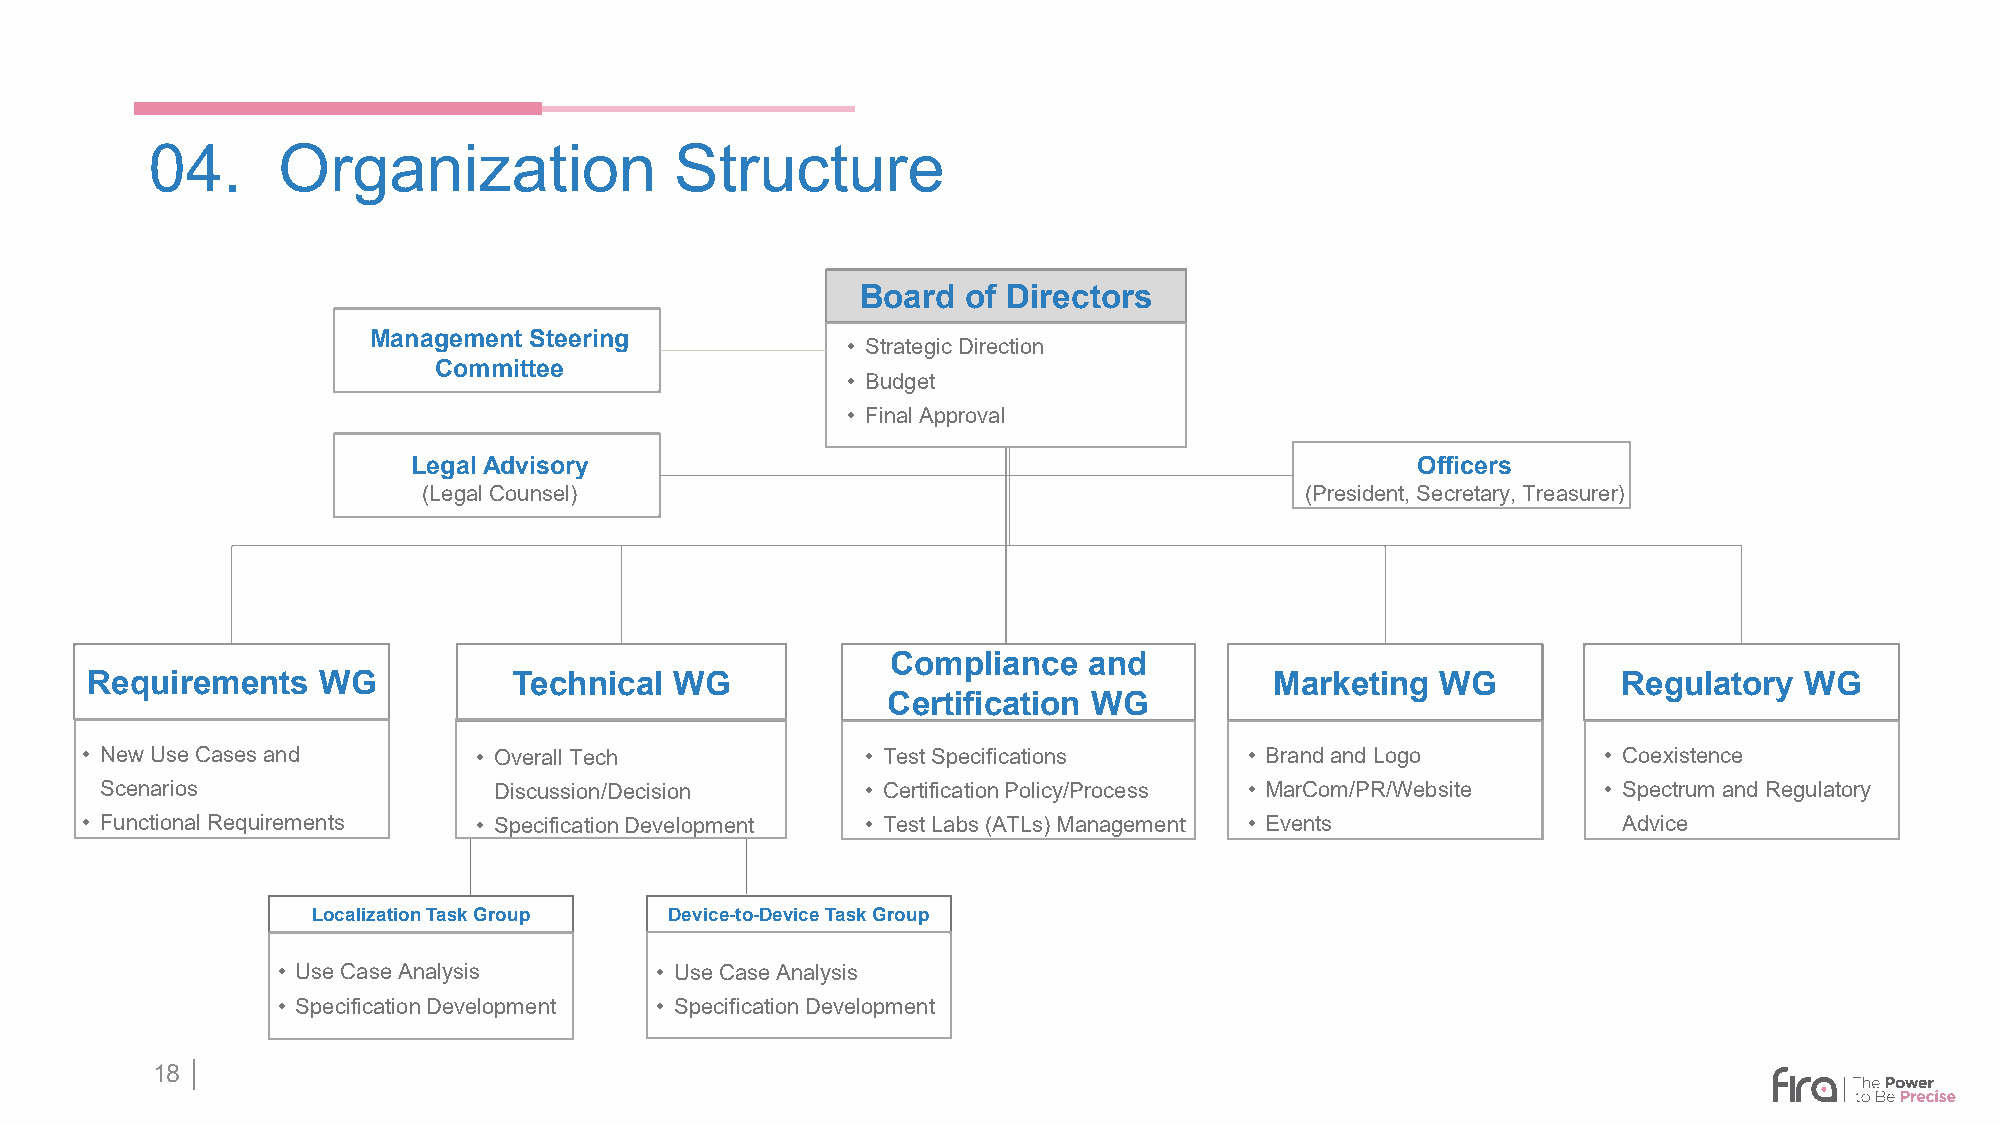
04.     Organization               Structure
 Board  of Directors
 Management Steering
 • Strategic Direction
 Committee
 • Budget
 • Final Approval
 Legal Advisory                                                     Officers
 (Legal Counsel)                                           (President, Secretary, Treasurer)
 Compliance   and
 Requirements   WG           Technical  WG                                     Marketing  WG          Regulatory  WG
 Certification WG
 • New UseCases and         • Overall Tech           • Test Specifications     • Brand and Logo       • Coexistence
 Scenarios                 Discussion/Decision     • Certification Policy/Process • MarCom/PR/Website • Spectrum and Regulatory
 • Functional Requirements  • Specification Development • Test Labs (ATLs) Management • Events         Advice
 LocalizationTask Group Device-to-Device Task Group
 • Use Case Analysis      • Use Case Analysis
 • Specification Development • Specification Development
 18 │